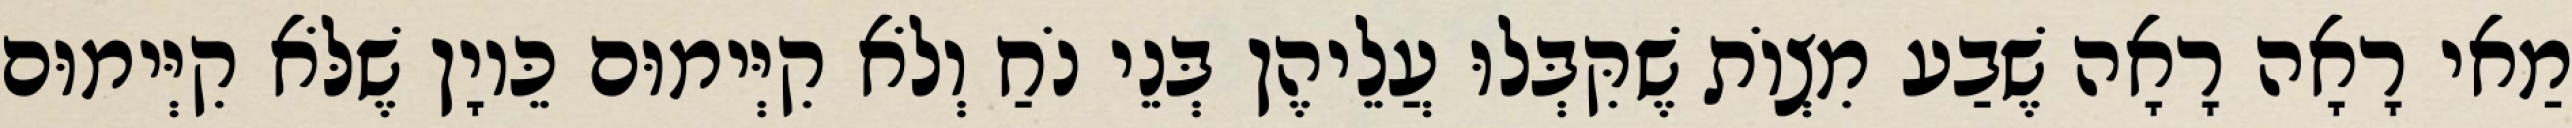
מַאי רָאָה רָאָה שֶׁבַע מִצְוֹת שֶׁקִּבְּלוּ עֲלֵיהֶן בְּנֵי נֹחַ וְלֹא קִיְּימוּם כֵּיוָן שֶׁלֹּא קִיְּימוּם